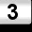
Digit: 3